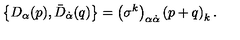
\left\{ D _ { \alpha } ( p ) , \bar { D } _ { \dot { \alpha } } ( q ) \right\} = \left( \sigma ^ { k } \right) _ { \alpha \dot { \alpha } } \left( p + q \right) _ { k } .